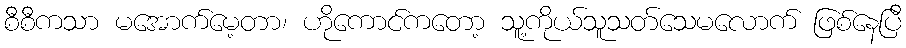
စီစီကသာ မအောက်မေ့တာ၊ ဟိုကောင်ကတော့ သူ့ကိုယ်သူသတ်သေမလောက် ဖြစ်နေပြီ